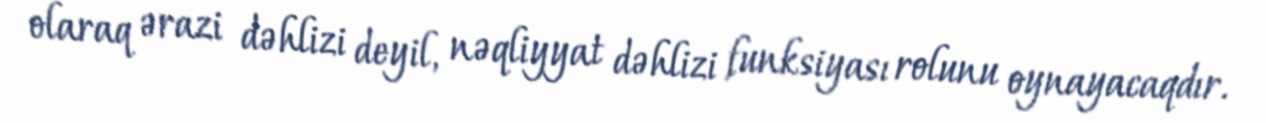
olaraq ərazi dəhlizi deyil, nəqliyyat dəhlizi funksiyası rolunu oynayacaqdır.